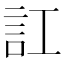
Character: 訌